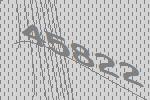
45822